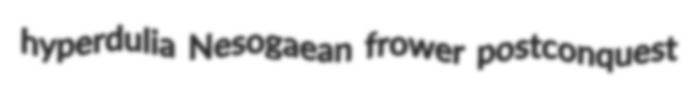
hyperdulia Nesogaean frower postconquest